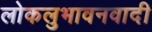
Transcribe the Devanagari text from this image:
लोकलुभावनवादी